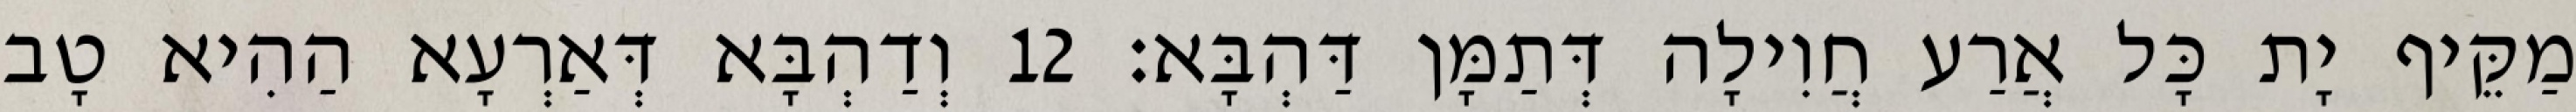
מַקֵּיף יָת כָּל אֲרַע חֲוִילָה דְּתַמָּן דַּהְבָּא׃ 12 וְדַהְבָּא דְּאַרְעָא הַהִיא טָב